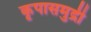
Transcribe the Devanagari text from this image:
कृपासमुद्री